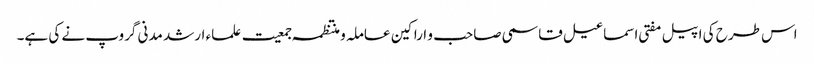
اس طرح کی اپیل مفتی اسماعیل قاسمی صاحب و اراکین عاملہ و منتظمہ جمعیت علماء ارشد مدنی گروپ نے کی ہے۔